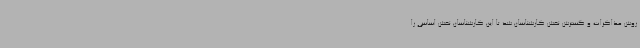
روش مذاکرات و گسترش نقش کارشناسان شد تا این کارشناسان نقش اساسی را